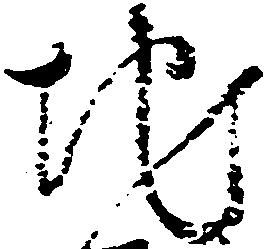
地